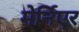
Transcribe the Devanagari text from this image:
मेर्निएर